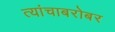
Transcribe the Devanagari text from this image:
त्यांचाबरोबर